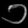
Digit: ၁